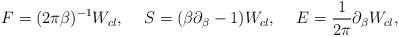
\begin{align*}F=(2\pi\beta)^{-1}W_{cl},\hspace{.5cm}S=(\beta\partial_\beta-1)W_{cl}, \hspace{.5cm}E={1 \over 2\pi}\partial_\beta W_{cl} ,\end{align*}